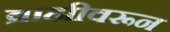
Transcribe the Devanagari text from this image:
ब्राह्मीवरून